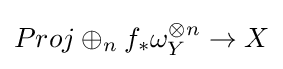
Proj\oplus _{n}f_{*}\omega _{Y}^{\otimes n}\to X